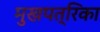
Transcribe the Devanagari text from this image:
मुखपत्रिका